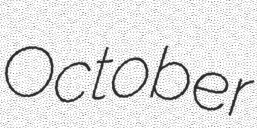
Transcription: October